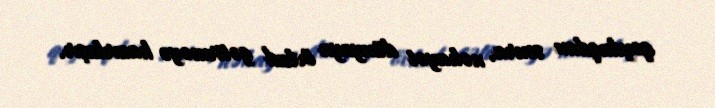
qoyduqdan sonra, nəhayət dünyaya övlad gətirməyə hazırlaşır.